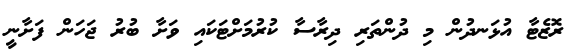
ރޮޒެޓާ އުޅަނދުން މި ދުންތަރި ދިރާސާ ކުރުމަށްޓަކައި ވަށާ ބުރު ޖަހަން ފަށާނީ